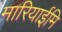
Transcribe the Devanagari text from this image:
मारियाईमि